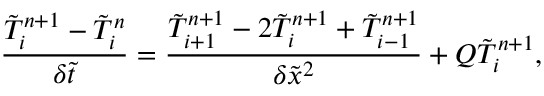
\frac { { \tilde { T } _ { i } ^ { n + 1 } - \tilde { T } _ { i } ^ { n } } } { { \delta \tilde { t } } } = \frac { { \tilde { T } _ { i + 1 } ^ { n + 1 } - 2 \tilde { T } _ { i } ^ { n + 1 } + \tilde { T } _ { i - 1 } ^ { n + 1 } } } { { \delta { { \tilde { x } } ^ { 2 } } } } + Q \tilde { T } _ { i } ^ { n + 1 } ,